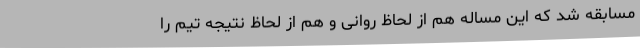
مسابقه شد که این مساله هم از لحاظ روانی و هم از لحاظ نتیجه تیم را